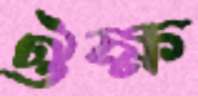
ঔক্ষ